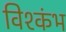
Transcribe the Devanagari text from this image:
विश्कंभ